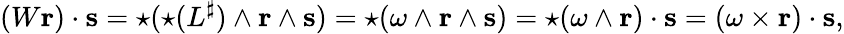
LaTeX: (W\mathbf{r})\cdot\mathbf{s}={\star}({\star}(L^{\sharp})\wedge\mathbf{r}\wedge\mathbf{s})={\star}(\omega\wedge\mathbf{r}\wedge\mathbf{s})={\star}(\omega\wedge\mathbf{r})\cdot\mathbf{s}=(\omega\times\mathbf{r})\cdot\mathbf{s},